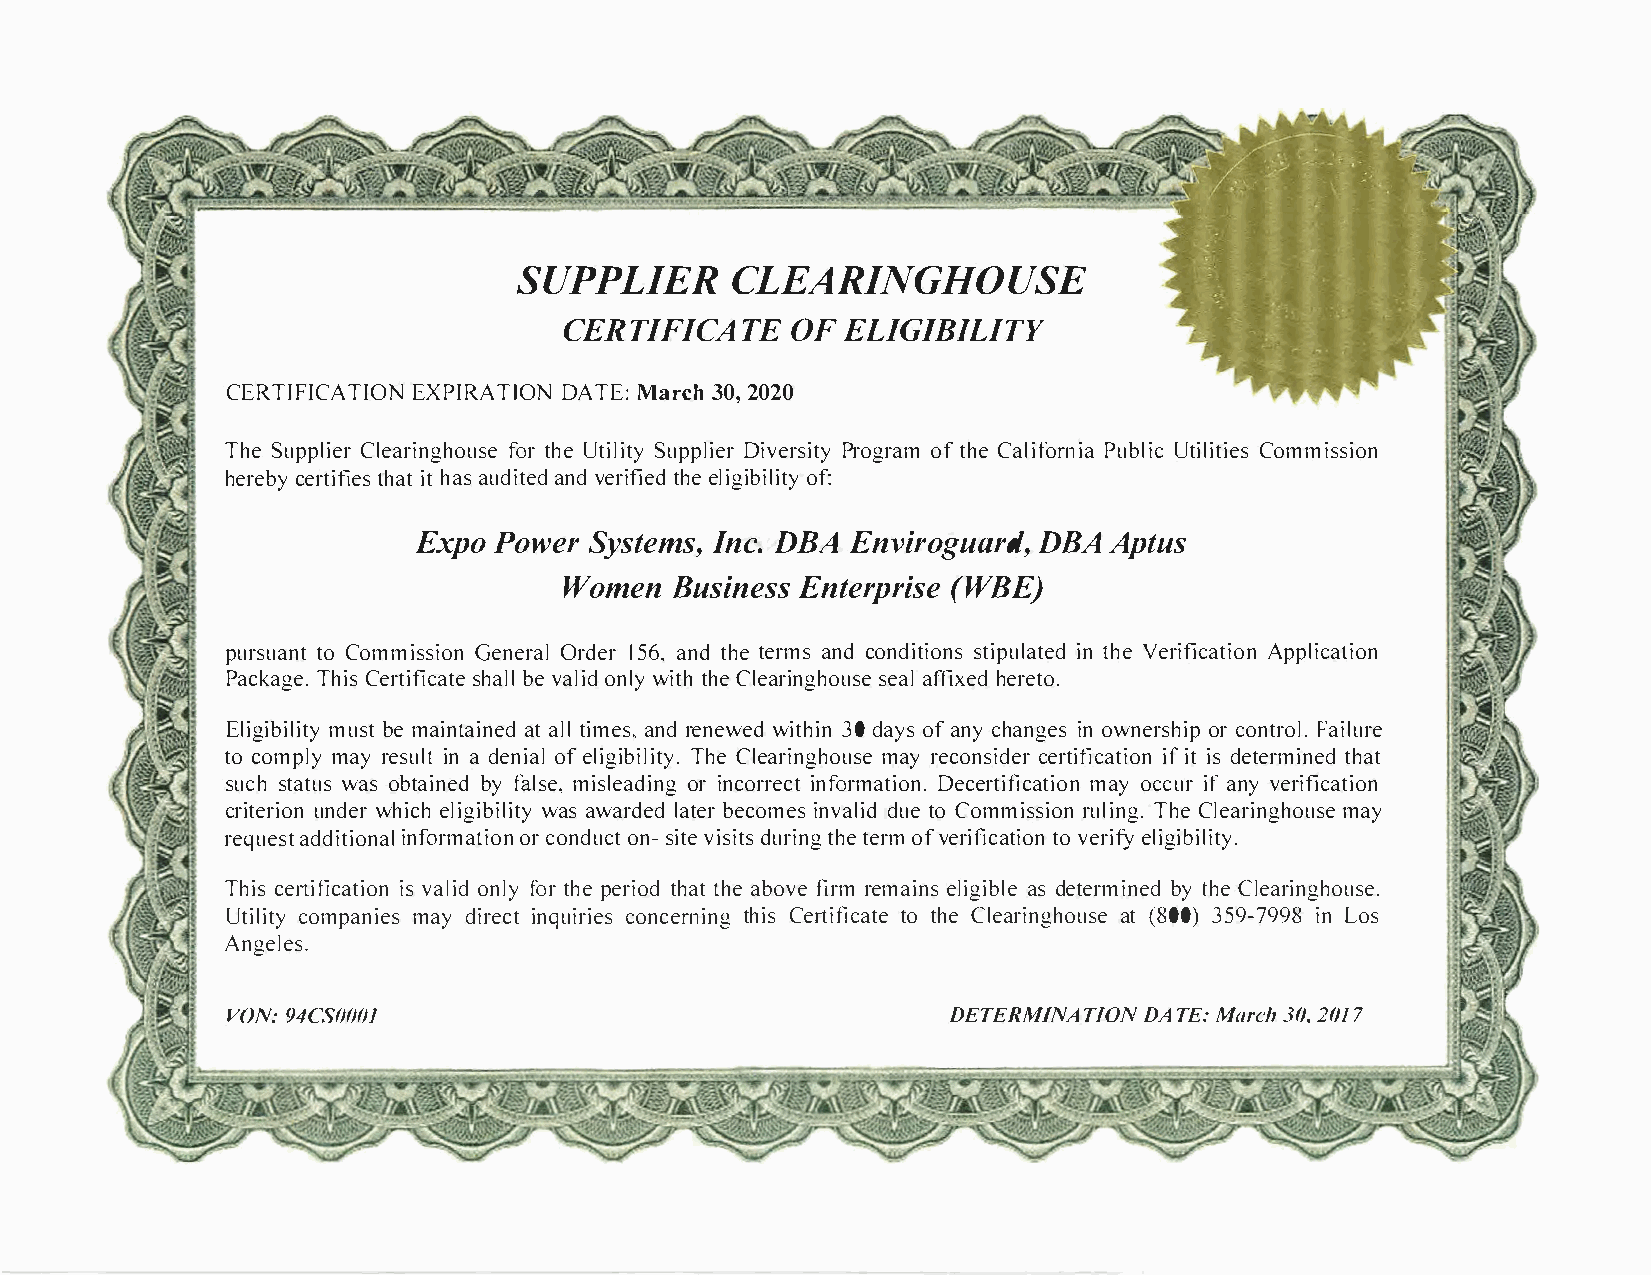
SUPPLICELREA           RINGHOUSE
 CERTIFICOAF        ETEL IGIBILITY
 CERTIFICAETXIPOINR  ATDlAOTNEM :a rc3h02 ,0 20
 TheS uppCllieearr infgothrho Ueut sielS iutpypD liiveerr Psriotgyor fat mhC ea lifPournbilUait ci lCiotmimeiss sion
 hereby    certifies     that    it  has    audited     and   verified     the   eligibility        of:
 Expo      PowerI     nSDcyB.sA Et nevmisr,o guard,      DBA      Aptus
 WomeBnu     siEnnetsesr   (pWrBiEs)e
 purstuoaC notm misGseinoenOr radl1e 5r6 a,nt dh tee ramnscd o ndisttiiopnusil nta htVeee dr ifiAcpaptliiocna tion
 PackTahgieCs.e rtisfhiabcleavl ta elo indlw yi tthhC el earinsgehaaofluf sihexe erde to.
 Eligimbuisblteim tayi ntaa tailntelid m aensrd,e newwietd h3 i0dn ayos fa ncyh an ignoe wsneros rchoinpt Fraoill.u re
 toc ompmlayyr esiunal d te noifae ll igi TbhieCl lietayr.inmgahyro eucsoen cseirdteirfi icifait ts di eotne rmtihnaetd
 sucsht awtausos b taibynf eadl msies,l eoardi inncgo rirnefcotr mDaetcieornt.i mfiacyoa ctciiuofarn n vye rification
 crituenrdiweohrni eclhi gi wbaiaslw iatryldaetbdee rc oimnevs a dluite do Commisrsuilo iTnnh gCe.l earinmgahyo use
 requaedsdti tiinofonramlao trci oonndo un-cstiv ties diutrsti hntege romfv erifict aovteireoilnfyi gibility.
 Thicse rtifiisvc aalotinid lof ynot rh pee r itohtdahtae b ofivremr emaeilnisg aisdb elteermbiytn heCedl earinghouse.
 Utilciotmyp amnaiyed si riencqtu icroinecse rntihniCgse rtitfioct ahCtele e arinagt(h 8o0u30s5)e9 -7i9nL9 o8s
 Angeles.
 VON9:4 CSOOOJ                                   DETERMINATIOND AT EM:a rc3h02 ,0 17